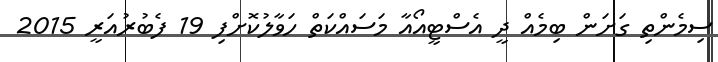
ސިމެންތި ގަށަން ބިމެއް ދީ އެސްޓީއޯއާ މަސައްކަތް ހަވާލުކޮށްފި 19 ފެބުރުއަރީ 2015